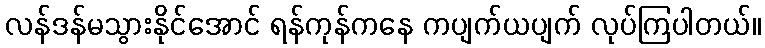
လန်ဒန်မသွားနိုင်အောင် ရန်ကုန်ကနေ ကပျက်ယပျက် လုပ်ကြပါတယ်။